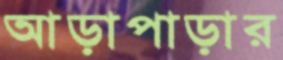
আড়াপাড়ার